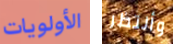
الأولويات وأنتظر